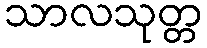
သာလသုတ္တ